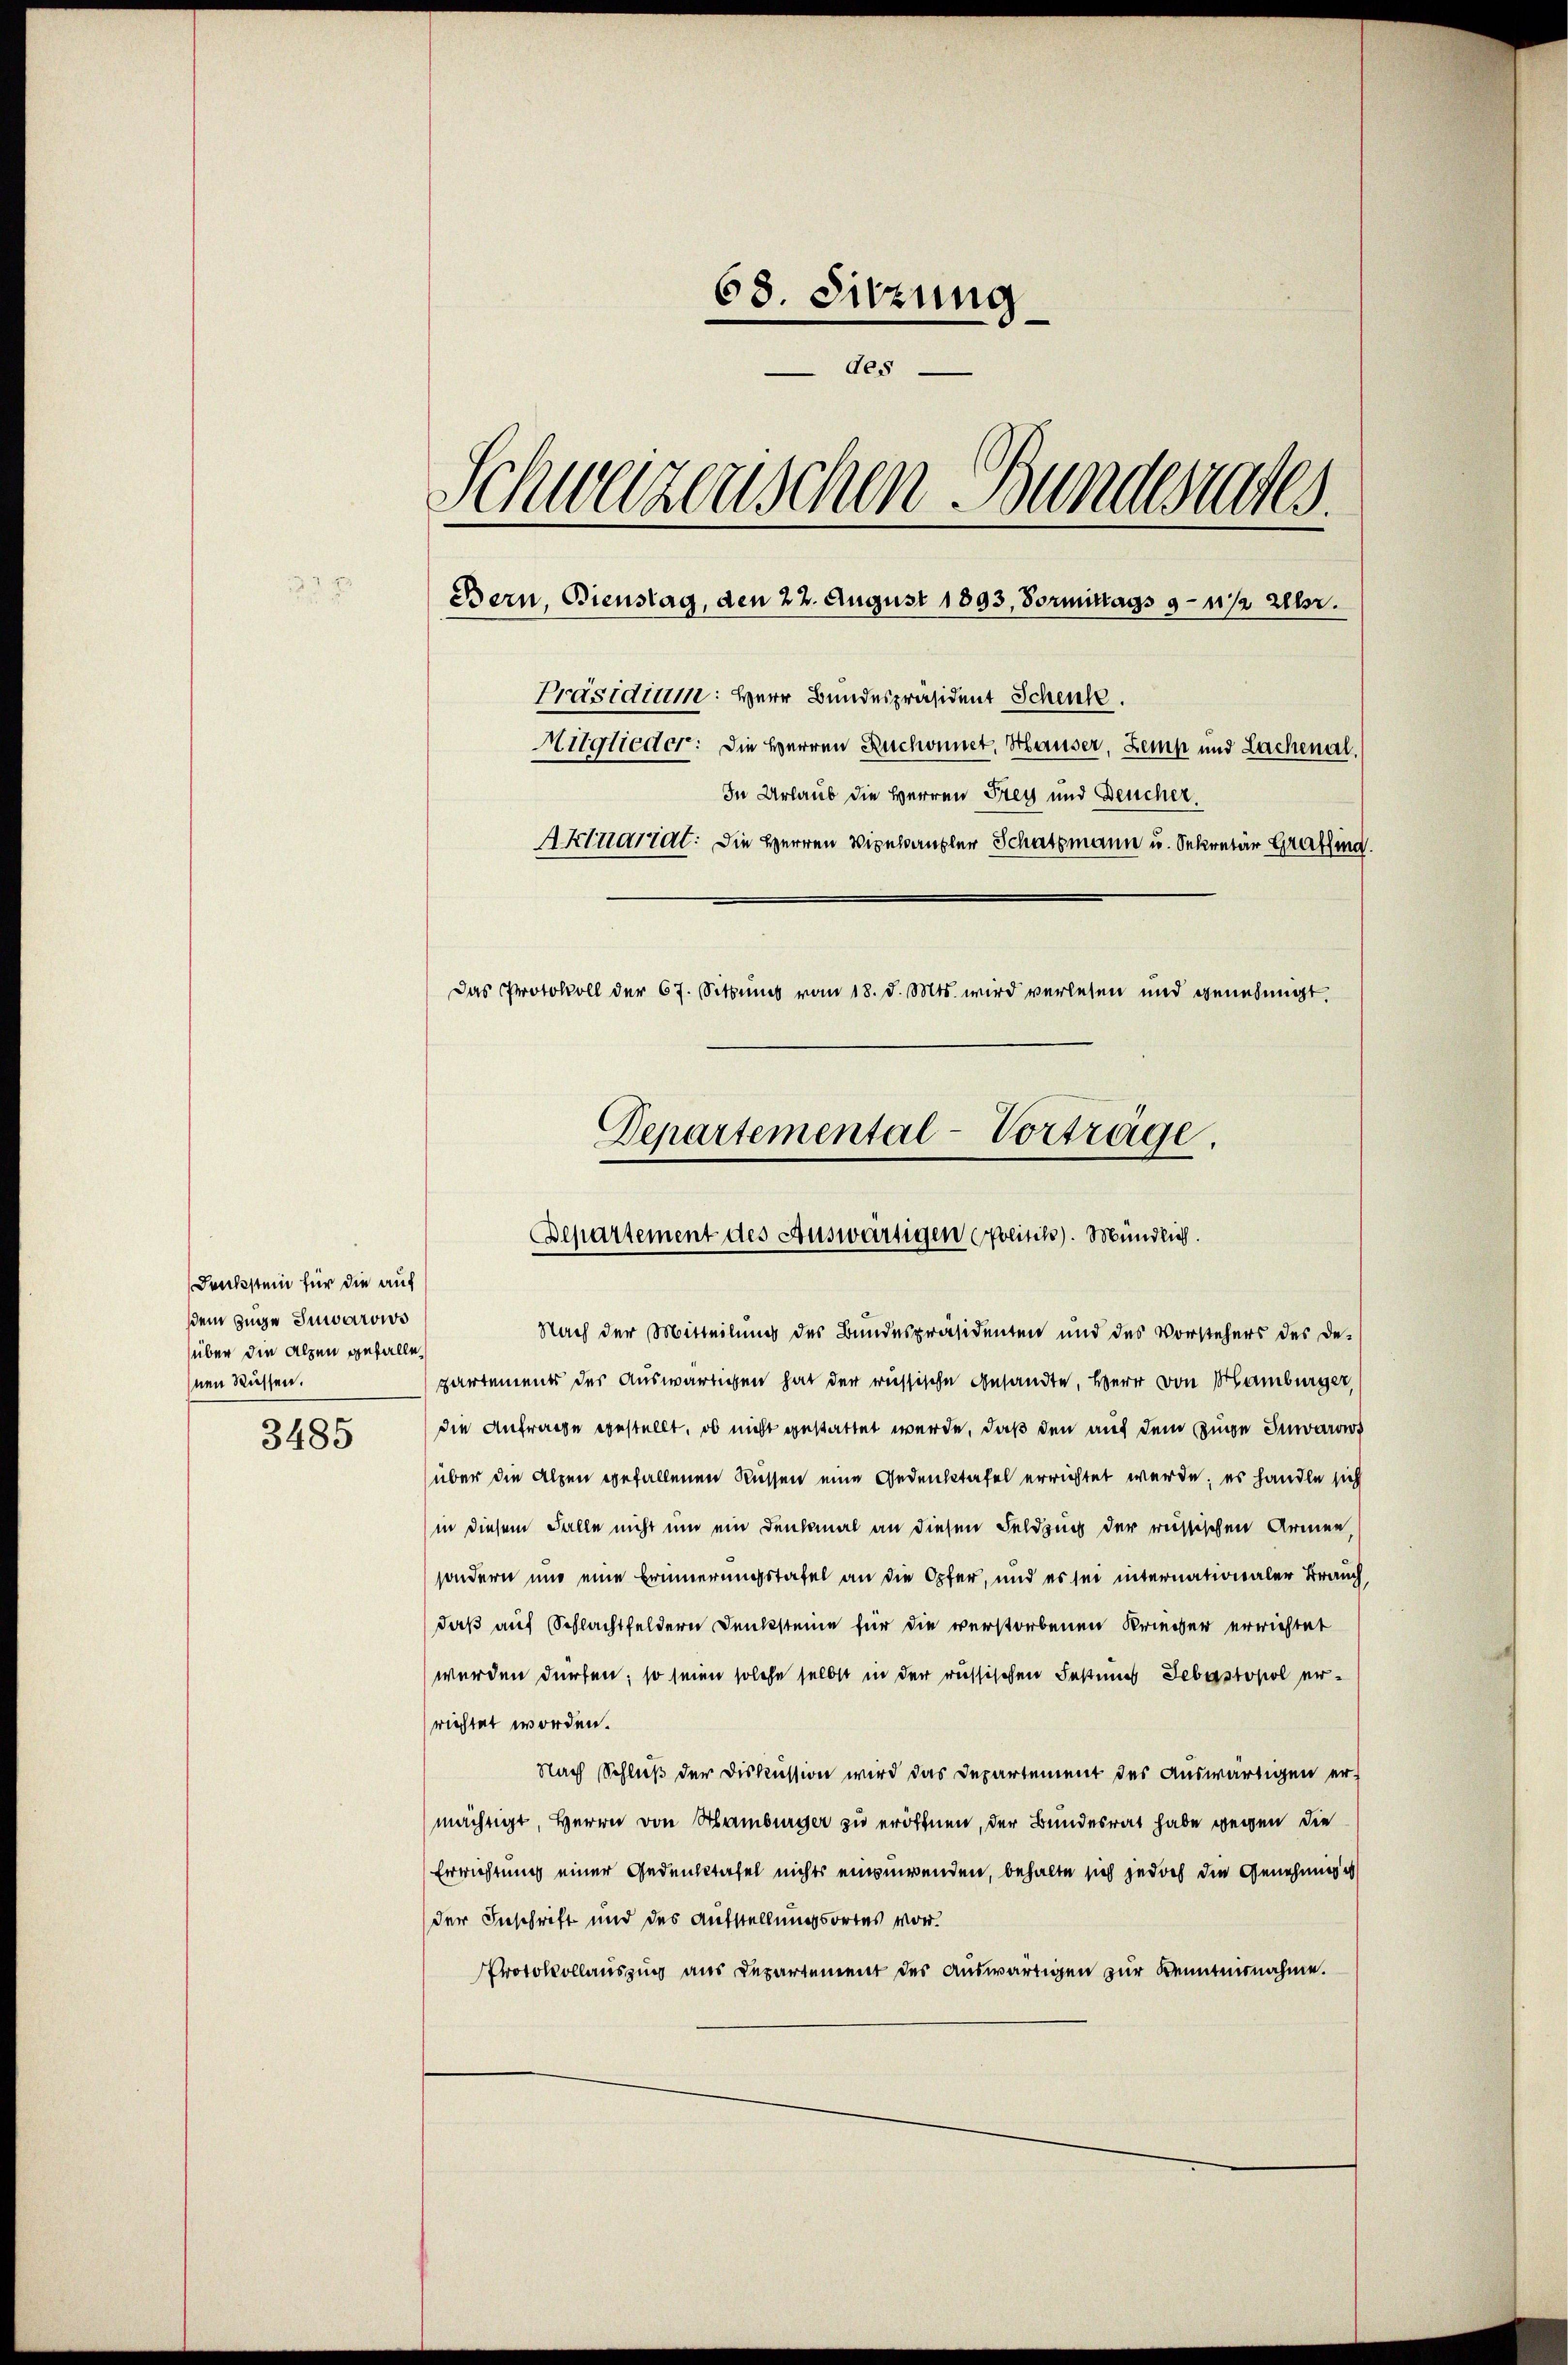
Denkstein für die auf
sdem Zuge Sumarows
über die Alpen gefallen
nen Rüssen.
3485

68. Sitzung
des
Schweizerischen Bundesrates.
Bern, Bienstag, den 22. August 1893, Vormittags 9 - 11/2 Uhr.
Präsidium: Herr Bundespräsident Schen.
Mitglieder: Die Herren Ruchonnet, Hauser, Zeit und Lachenal.
In Urlaub die Herren Stey und Deucher,
Aktuartal: Die Herren Vizekanzler Schatzmann u. Sekretär Grafsind.
Das Protokoll der 67. Sitzung vom 18. d. Mts. wird verlesen und genehmigt.

Departemental-Vorträge.
Bepartement des Auswärtigen Politiks). Mündlich.

Nach der Mitteilung des Bundespräsidenten und des Vorstehers des De-
partements der Auswärtigen hat der russische Ansandte, Herr von Hamburger,
die Anfrage gestellt, ob nicht gestattet werde, daß den auf dem Zuge Inwart
über die Alpen gefallenen Rüssen eine Gedenktafel errichtet werde; es handle sich
in diesem Falle nicht um ein Denkmal an diesen Feldzug der russischen Armen,
sondern und eine Erinnerungstafel an die Opfer, und es sei internationaler Brauch,
daß auf Schlachtfeldern Denksteine für die verstorbenen Krieger errichtet
werden dürfen; so seien solche selbst in der russischen Festumes Leberstopol errichtet worden.
Nach Schluß der Diskussion wird das Departement des Auswärtigen er-
mächtigt, Herrn von Hamburger zu eröffnen, der Bundesrat habe wegen die
Errichtung einer Gedenktafel nichts einzuwenden, behalte sich jedoch die Genehmige
der Inschrift und des Aufstellungsortes vor.
Protokollauszug aus Departement des auswärtigen zur Kenntnisnahme.